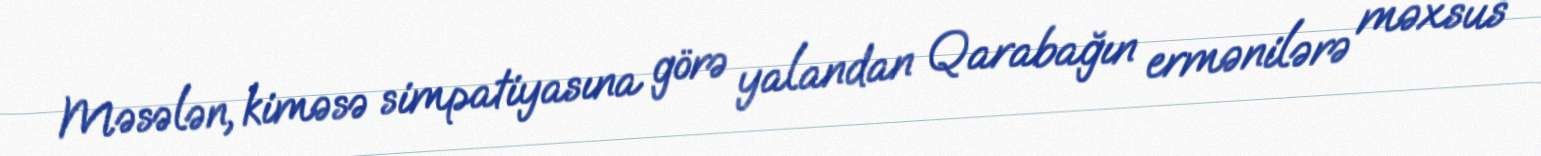
Məsələn, kiməsə simpatiyasına görə yalandan Qarabağın ermənilərə məxsus